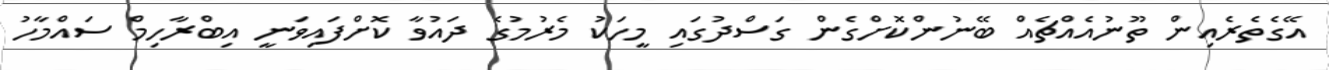
އޭގެތެރެއިން ތޫނުއެއްޗެއް ބޭނުންކޮށްގެން ގަސްދުގައި މީހަކު މެރުމުގެ ދައުވާ ކޮށްފައިވަނީ އިބްރާހިމް ސައްމާހު